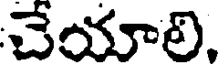
చేయాలి.